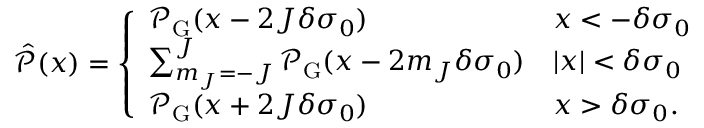
\hat { \mathcal { P } } ( x ) = \left\{ \begin{array} { l l } { \mathcal { P } _ { \mathrm { G } } ( x - 2 J \delta \sigma _ { 0 } ) } & { x < - \delta \sigma _ { 0 } } \\ { \sum _ { m _ { J } = - J } ^ { J } \mathcal { P } _ { \mathrm { G } } ( x - 2 m _ { J } \delta \sigma _ { 0 } ) } & { | x | < \delta \sigma _ { 0 } } \\ { \mathcal { P } _ { \mathrm { G } } ( x + 2 J \delta \sigma _ { 0 } ) } & { x > \delta \sigma _ { 0 } . } \end{array} \right.